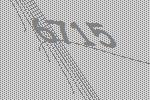
6715